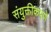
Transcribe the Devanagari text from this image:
संयुक्तीकपणे